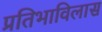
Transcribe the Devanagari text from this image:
प्रतिभाविलास